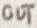
Text: OUT